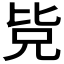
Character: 𭯊